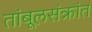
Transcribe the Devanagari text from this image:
तांबूलसंक्रांत